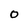
Character: 0